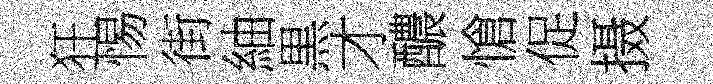
狂惕街紬黒才醲愴促摄